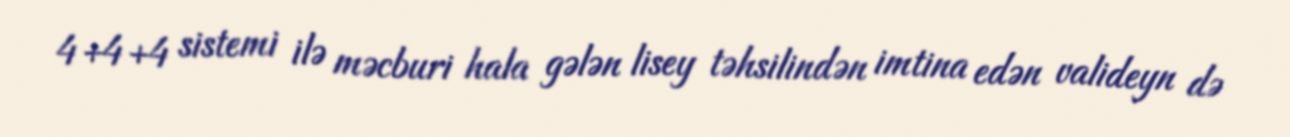
4+4+4 sistemi ilə məcburi hala gələn lisey təhsilindən imtina edən valideyn də